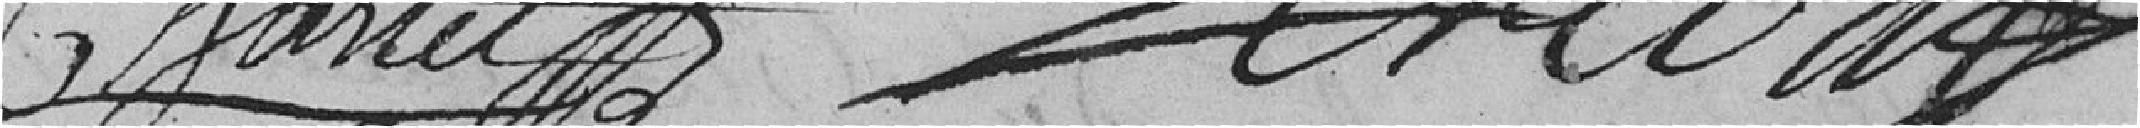
Chartet             ??????????????